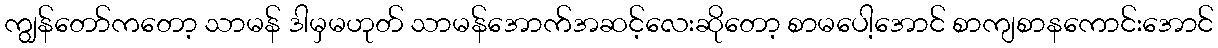
ကျွန်တော်ကတော့ သာမန် ဒါမှမဟုတ် သာမန်အောက်အဆင့်လေးဆိုတော့ စာမပေါ့အောင် စာကျစာနကောင်းအောင်